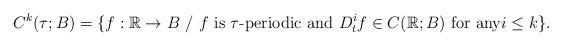
LaTeX: \begin{align*}C^{k}(\tau ;B)=\{f: \mathbb{R}\rightarrow B\mbox{ / }f\mbox{ is }\tau \mbox{-periodic and }D_{t}^{i}f\in C(\mathbb{R};B)\mbox{ for any}i\leq k\}. \end{align*}